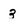
Character: 3